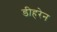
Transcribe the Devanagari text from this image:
डीहरेन